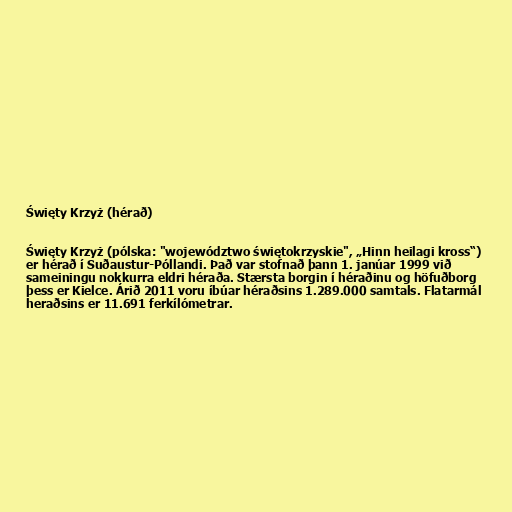
Święty Krzyż (hérað)

Święty Krzyż (pólska: "województwo świętokrzyskie", „Hinn heilagi kross“)
er hérað í Suðaustur-Póllandi. Það var stofnað þann 1. janúar 1999 við
sameiningu nokkurra eldri héraða. Stærsta borgin í héraðinu og höfuðborg
þess er Kielce. Árið 2011 voru íbúar héraðsins 1.289.000 samtals. Flatarmál
heraðsins er 11.691 ferkílómetrar.